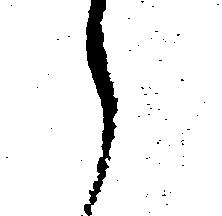
々